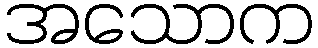
အသောက